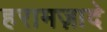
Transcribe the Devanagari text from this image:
हरामज़ादे